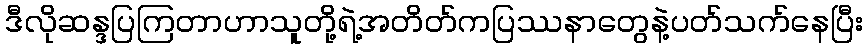
ဒီလိုဆန္ဒပြကြတာဟာသူတို့ရဲ့အတိတ်ကပြဿနာတွေနဲ့ပတ်သက်နေပြီး